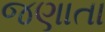
જણાતા